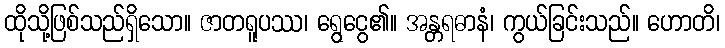
ထိုသို့ဖြစ်သည်ရှိသော။ ဇာတရူပဿ၊ ရွေငွေ၏။ အန္တရဓာနံ၊ ကွယ်ခြင်းသည်။ ဟောတိ၊